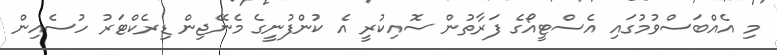
މި އެއްބަސްވުމުގައި އެސްޓީއޯގެ ފަރާތުން ސޮއިކުރީ އެ ކުންފުނީގެ މެނޭޖިން ޑިރެކްޓަރު ހުސެއިން